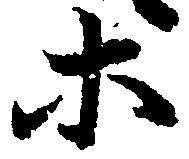
等